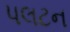
પલટન